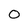
Character: 0